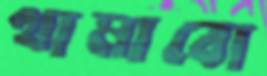
থামাবো